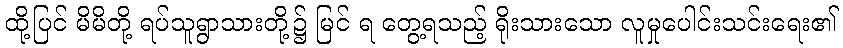
ထို့ပြင် မိမိတို့ ရပ်သူရွာသားတို့၌ မြင် ရ တွေ့ရသည့် ရိုးသားသော လူမှုပေါင်းသင်းရေး၏